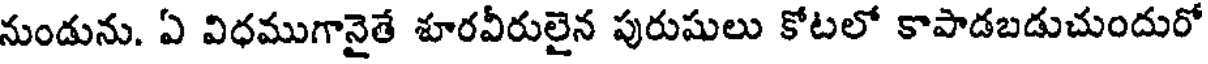
నుండును. ఏ విధముగానైతే శూరవీరులైన పురుషులు కోటలో కాపాడబడుచుందురో